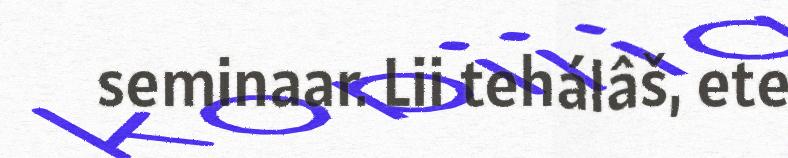
seminaar. Lii tehálâš, ete